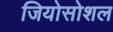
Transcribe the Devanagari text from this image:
जियोसोशल